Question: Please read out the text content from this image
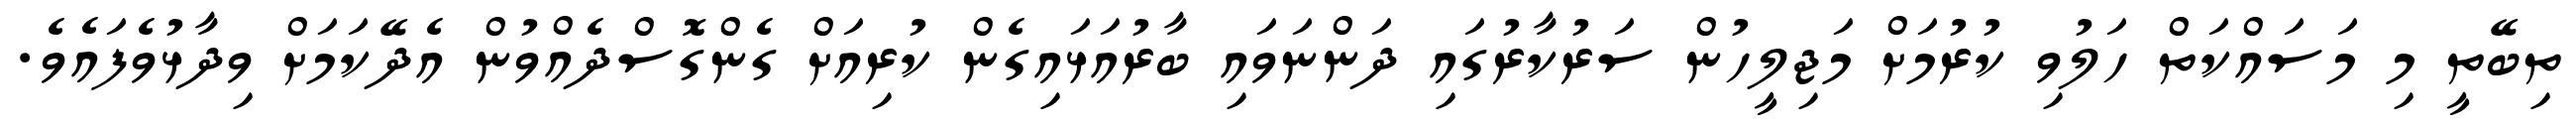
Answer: ތިބޭތީ މި މަސައްކަތް ހަލުވި ކުރުމަށް މަޖިލީހުން ސަރުކާރުގައި ދަންނަވައި ބާރުއަޅައިގެން ކުރިއަށް ގެންގޮސްދެއްވުން އެދޭކަމަށް ވިދާޅުވެފައެވެ.